Report of the Indian Hemp Drugs Commission, 1894-1895 - Volume VI
Year: 1894
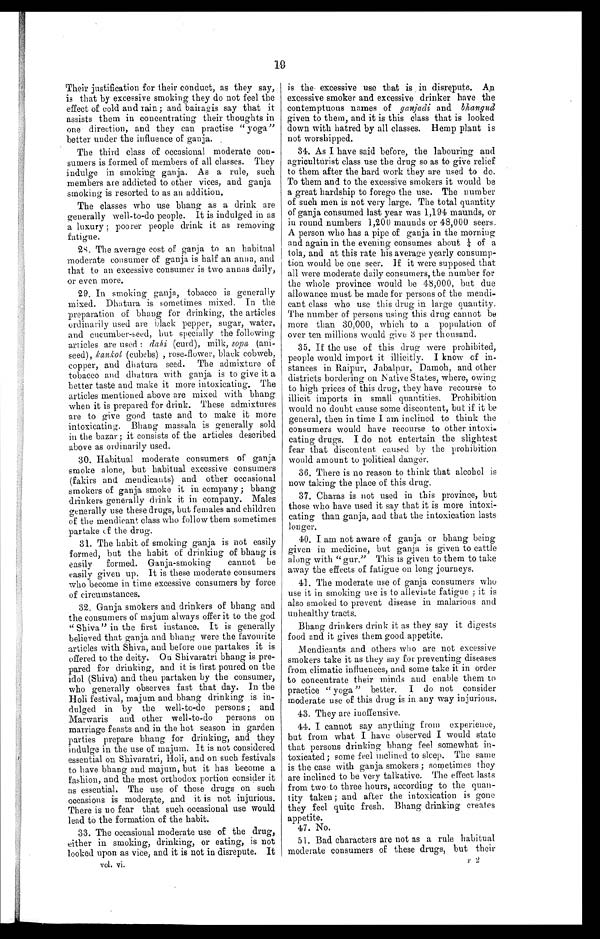
19
Their justification for their conduct, as they say,
is that by excessive smoking they do not feel the
effect of cold and rain; and bairagis say that it
assists them in concentrating their thoughts in
one direction, and they can practise "yoga"
better under the influence of ganja.
The third class of occasional moderate con-
sumers is formed of members of all classes. They
indulge in smoking ganja. As a rule, such
members are addicted to other vices, and ganja
smoking is resorted to as an addition.
The classes who use bhang as a drink are
generally well-to-do people. It is indulged in as
a luxury ; poorer people drink it as removing
fatigue.
28. The average cost of ganja to an habitual
moderate consumer of ganja is half an anna, and
that to an excessive consumer is two annas daily,
or even more.
29. In smoking ganja, tobacco is generally
mixed. Dhatura is sometimes mixed. In the
preparation of bhang for drinking, the articles
ordinarily used are black pepper, sugar, water,
and cucumber-seed, but specially the following
articles are used : dahi (curd), milk, sopa (ani
-
seed), kankol (cubebs) , rose-flower, black cobweb,
copper, and dhatura seed. The admixture of
tobacco and dhatura with ganja is to give it a
better taste and make it more intoxicating. The
articles mentioned above are mixed with bhang
when it is prepared for drink. These admixtures
are to give good taste and to make it more
intoxicating. Bhang massala is generally sold
in the bazar ; it consists of the articles described
above as ordinarily used.
30. Habitual moderate consumers of ganja
smoke alone, but habitual excessive consumers
(fakirs and mendicants) and other occasional
smokers of ganja smoke it in company ; bhang
drinkers generally drink it in company. Males
generally use these drugs, but females and children
of the mendicant class who follow them sometimes
partake of the drug.
31. The habit of smoking ganja is not easily
formed, but the habit of drinking of bhang is
easily formed. Ganja-smoking cannot be
easily given up. It is these moderate consumers
who become in time excessive consumers by force
of circumstances.
32. Ganja smokers and drinkers of bhang and
the consumers of majum always offer it to the god
"Shiva" in the first instance. It is generally
believed that ganja and bhang were the favourite
articles with Shiva, and before one partakes it is
offered to the deity. On Shivaratri bhang is pre
-
pared for drinking, and it is first poured on the
idol (Shiva) and then partaken by the consumer,
who generally observes fast that day. In the
Holi festival, majum and bhang drinking is in
-
dulged in by the well-to-do persons; and
Marwaris and other well-to-do persons on
marriage feasts and in the hot season in garden
parties prepare bhang for drinking, and they
indulge in the use of majum. It is not considered
essential on Shivaratri, Holi, and on such festivals
to have bhang and majum, but it has become a
fashion, and the most orthodox portion consider it
as essential. The use of these drugs on such
occasions is moderate, and it is not injurious.
There is no fear that such occasional use would
lead to the formation of the habit.
33. The occasional moderate use of the drug,
either in smoking, drinking, or eating, is not
looked upon as vice, and it is not in disrepute. It
is the . excessive use that is in disrepute. An
excessive smoker and excessive drinker have the
contemptuous names of ganjadi and bhangud
given to them, and it is this class that is looked
down with hatred by all classes. Hemp plant is
not worshipped.
34. As I have said before, the labouring and
agriculturist class use the drug so as to give relief
to them after the hard work they are used to do.
To them and to the excessive smokers it would be
a great hardship to forego the use. The number
of such men is not very large. The total quantity
of ganja consumed last year was 1,194 maunds, or
in round numbers 1,200 maunds or 48,000 seers.
A person who has a pipe of ganja in the morning
and again in the evening consumes about ¼ of a
tola, and at this rate his average yearly consump
-
tion would be one seer. If it were supposed that
all were moderate daily consumers, the number for
the whole province would be 48,000, but due
allowance must be made for persons of the mendi
-
cant class who use this drug in large quantity.
The number of persons using this drug cannot be
more than 30,000, which to a population of
over ten millions would give 3 per thousand.
35. If the use of this drug were prohibited,
people would import it illicitly. I know of in
-
stances in Raipur, Jabalpur, Damoh, and other
districts bordering on Native States, where, owing
to high prices of this drug, they have recourse to
illicit imports in small quantities. Prohibition
would no doubt cause some discontent, but if it be
general, then in time I am inclined to think the
consumers would have recourse to other intoxi-
cating drugs. I do not entertain the slightest
fear that discontent caused by the prohibition
would amount to political danger.
36. There is no reason to think that alcohol is
now taking the place of this drug.
37. Charas is not used in this province, but
those who have used it say that it is more intoxi
-
cating than ganja, and that the intoxication lasts
longer.
40. I am not aware of ganja or bhang being
given in medicine, but ganja is given to cattle
along with "gur." This is given to them to take
away the effects of fatigue on long journeys.
41. The moderate use of ganja consumers who
use it in smoking use is to alleviate fatigue ; it is
also smoked to prevent disease in malarious and
unhealthy tracts.
Bhang drinkers drink it as they say it digests
food and it gives them good appetite.
Mendicants and others who are not excessive
smokers take it as they say for preventing diseases
from climatic influences, and some take it in order
to concentrate their minds and enable them to
practice "yoga" better. I do not consider
moderate use of this drug is in any way injurious
.
43. They are inoffensive.
44. I cannot say anything from experience,
but from what I have observed I would state
that persons drinking bhang feel somewhat in
-
toxicated; some feel inclined to sleep. The same
is the case with ganja smokers ; sometimes they
are inclined to be very talkative. The effect lasts
from two to three hours, according to the quan
-
tity taken; and after the intoxication is gone
they feel quite fresh. Bhang drinking creates
appetite.
47. No.
51. Bad characters are not as a rule habitual
moderate consumers of these drugs, but their